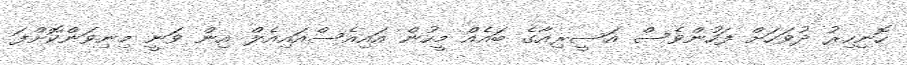
ހޮނިހިރު ދުވަހަށް ފަހުންވެސް އަސީރިއާގެ ބައެއް މީހުން އައިއެސްއައިއެލް އިން ވަނީ މިނިވަންކޮށްފަ